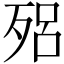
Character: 𣨕